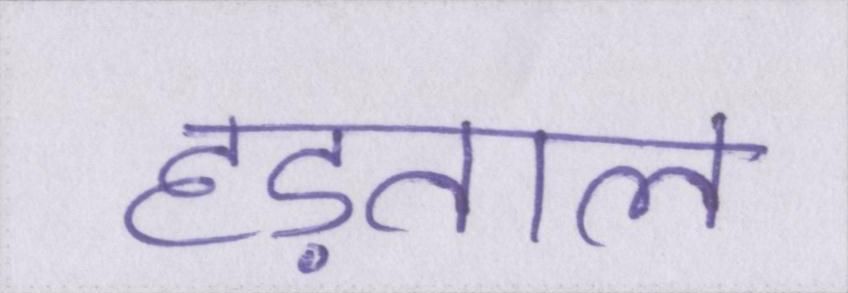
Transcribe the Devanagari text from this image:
हड़ताल